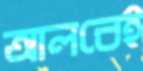
আলবেই